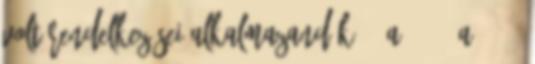
volt rendelkezései alkalmazandók. 3 A 32. § a 2010: